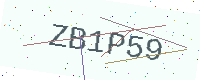
Text: ZB1P59